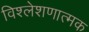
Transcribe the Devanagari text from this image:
विश्लेशणात्मक